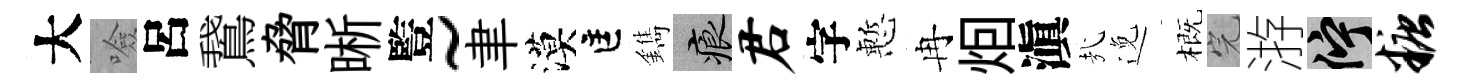
大噞呂鵞脅晰䜿~聿漠匡鐫痕君字慙冉𤇆滇㢤𨓜概完㳺伫糖